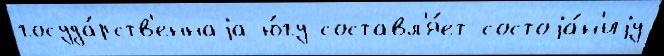
госуда́рств'еннаjа ю́гу составл'я́ет состоjа́н'иjу